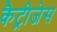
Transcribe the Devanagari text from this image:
कैट्रीजेस